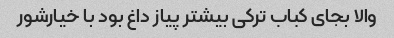
والا بجای کباب ترکی بیشتر پیاز داغ بود با خیارشور